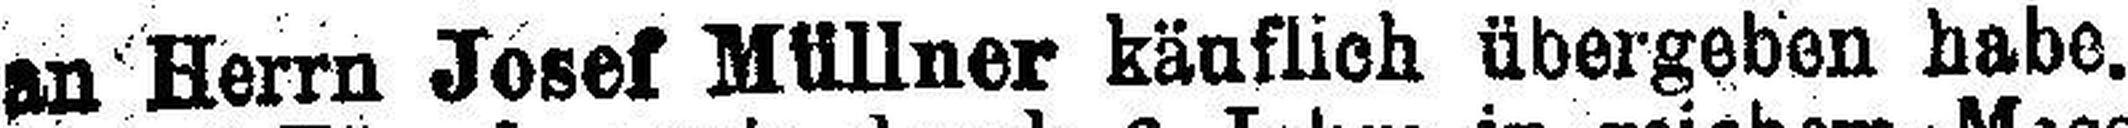
(an Herrn Josef Müllner käuflich übergeben habe.